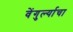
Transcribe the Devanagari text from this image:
वेंगुर्ल्याचा